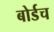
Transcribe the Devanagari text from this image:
बोर्डच